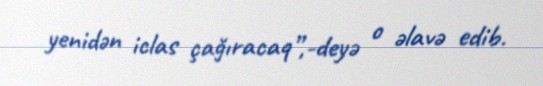
yenidən iclas çağıracaq”,-deyə o əlavə edib.